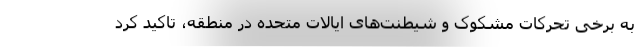
به برخی تحرکات مشکوک و شیطنت‌های ایالات متحده در منطقه، تاکید کرد